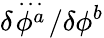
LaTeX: \delta\! \stackrel{{\ldots}}{\phi^{a}}\! /\delta\phi^{b}